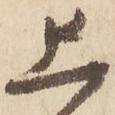
上